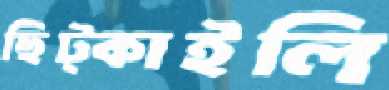
ছিট্‌কাইলি